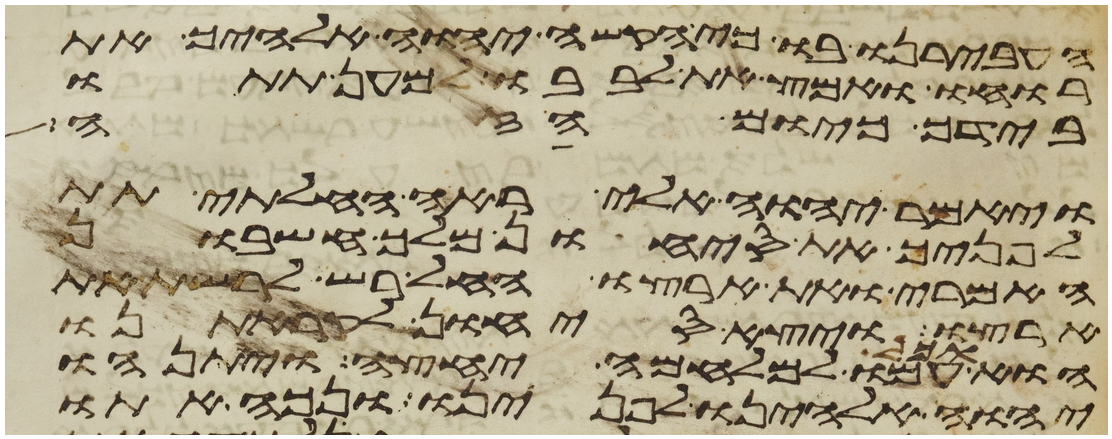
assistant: העבירנו בו כי הקשה יהוה אלהיך את
רוחו ואמץ את לבבו למען תתו
בידך כיום הזה
ויאמר יהוה אלי ראה החלתי תת
לפניך את סיחון מלך חשבון
האמרי ואת ארצו החל רש לרשת את
ארצו ויצא סיחון לקראתנו
הוא וכל עמו למלחמה יחצה ויתנהו
יהוה אלהינו לפנינו ונכה אתו